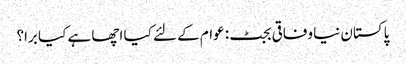
پاکستان نیا وفاقی بجٹ: عوام کے لئے کیا اچھا ہے کیا برا؟